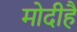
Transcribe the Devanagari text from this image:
मोदीहै